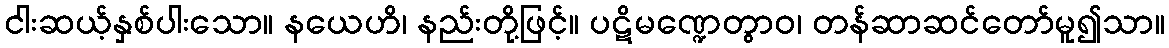
ငါးဆယ့်နှစ်ပါးသော။ နယေဟိ၊ နည်းတို့ဖြင့်။ ပဋိမဏ္ဍေတွာဝ၊ တန်ဆာဆင်တော်မူ၍သာ။